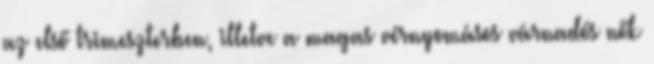
az első trimeszterben, illetve a magas vérnyomásos várnadós nők